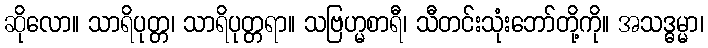
ဆိုလော။ သာရိပုတ္တ၊ သာရိပုတ္တရာ။ သဗြဟ္မစာရီ၊ သီတင်းသုံးဘော်တို့ကို။ အသဒ္ဓမ္မာ၊